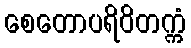
စေတောပရိဝိတက္ကံ